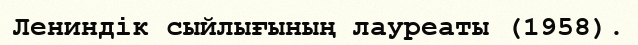
Лениндік сыйлығының лауреаты (1958).